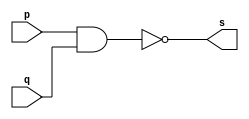
// ------------------------- 
// Exemplo0006 - 	NAND 
// Nome: Felipe Cssio Vieira Ferreira
// ------------------------- 
// ------------------------- 
// -- and gate 
// ------------------------- 
module nandgate ( output s, input p, input q); 
assign s = ~(p & q); 
endmodule // nandgate 
// --------------------- 
// -- test nand gate 
// --------------------- 
module testnandgate; 
// ------------------------- dados locais 
reg a, b; // definir registradores 
wire s; // definir conexao (fio) 
// ------------------------- instancia 
nandgate NAND1 (s, a, b); 
// ------------------------- preparacao 
initial begin:start 
// atribuicao simultanea 
// dos valores iniciais 
a=0; b=0; 
end 
// ------------------------- parte principal 
initial begin 
$display("Exemplo0006 - Felipe Cssio Vieira Ferreira- 451552"); 
$display("Test NAND gate"); 
$display("\na ~& b = s\n"); 
a=0; b=0; 
#1 $display("%b ~& %b = %b", a, b, s); 
a=0; b=1; 
#1 $display("%b ~& %b = %b", a, b, s); 
a=1; b=0; 
#1 $display("%b ~& %b = %b", a, b, s); 
a=1; b=1; 
#1 $display("%b ~& %b = %b", a, b, s); 
end 
endmodule // testandgate